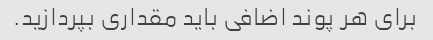
برای هر پوند اضافی باید مقداری بپردازید.